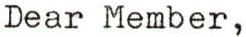
Dear Member,